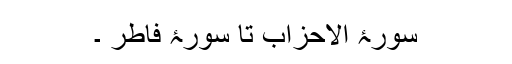
سورۂ الاحزاب تا سورۂ فاطر ۔